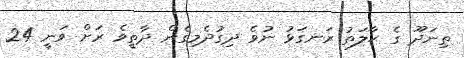
ތިނަދޫ ގެ ޙާލަތު ރަނގަޅު ނުވެ ދިގުދެމިގެން ދާތީވެ ރަށް ވަނީ 24